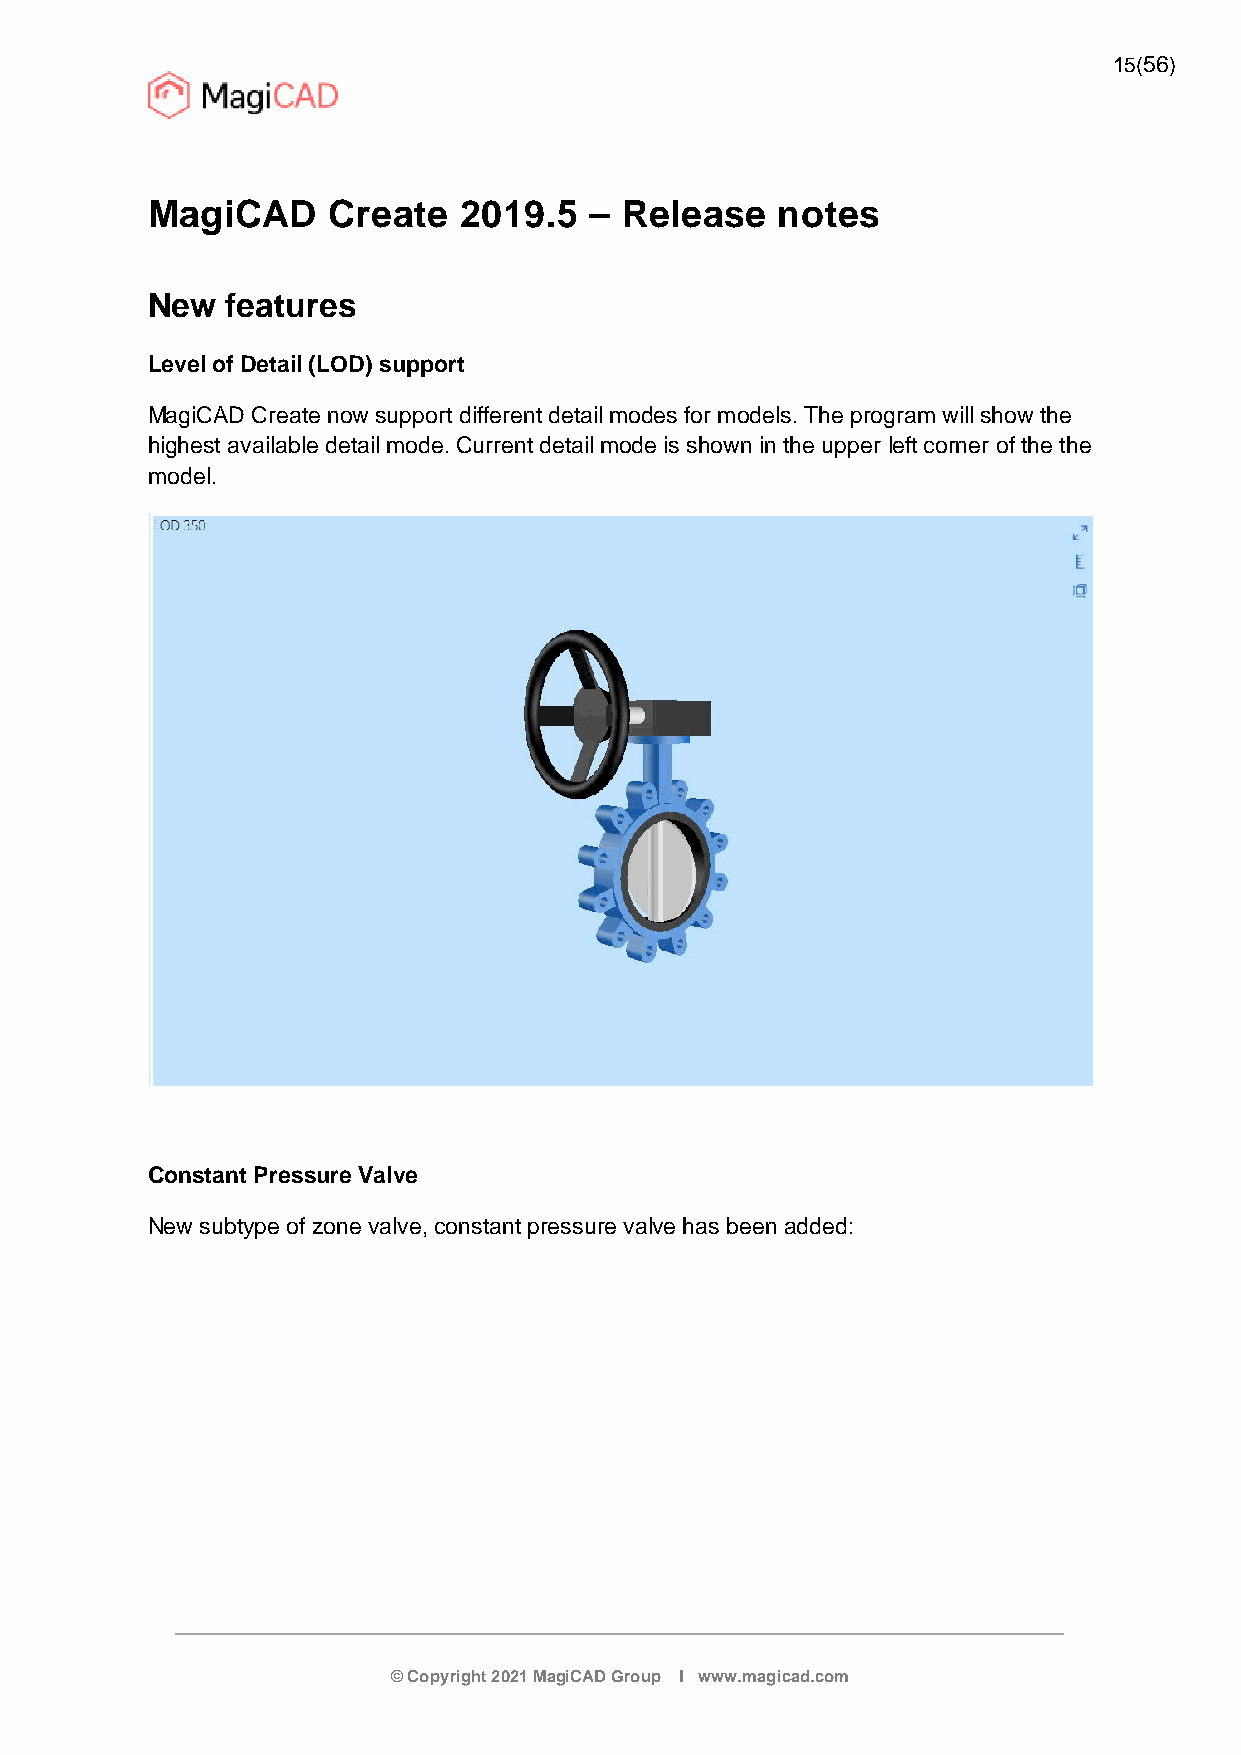
15(56)
 MagiCAD     Create  2019.5   – Release   notes
 New  features
 Level of Detail (LOD) support
 MagiCAD Create now support different detail modes for models. The program will show the
 highest available detail mode. Current detail mode is shown in the upper left corner of the the
 model.
 Constant Pressure Valve
 New subtype of zone valve, constant pressure valve has been added:
 © Copyright 2021 MagiCAD Group I www.magicad.com